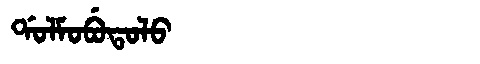
Manchu: ᡩᠣᠯᠮᠣᠪᡠᡨᠣᠯᠣ
Romanization: DOLMOBUTOLO